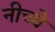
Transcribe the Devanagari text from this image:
नीच्ये